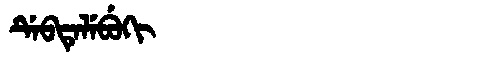
Manchu: ᡩᡝᠪᡨᡝᠯᡝᠪᡠᡴᡳ
Romanization: DEBTELEBUKI